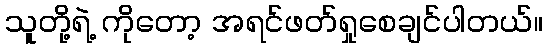
သူတို့ရဲ့ ကိုတော့ အရင်ဖတ်ရှုစေချင်ပါတယ်။